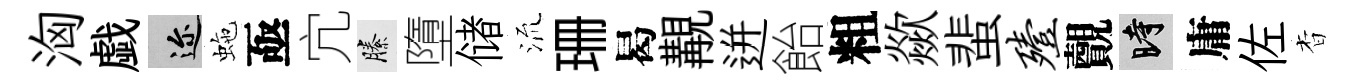
洶戯邇虵亟宂縢墮储𣴑珊曷覯迸飴粗歘蜚殪覿时庸佐杳